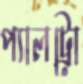
প্যালট্রো